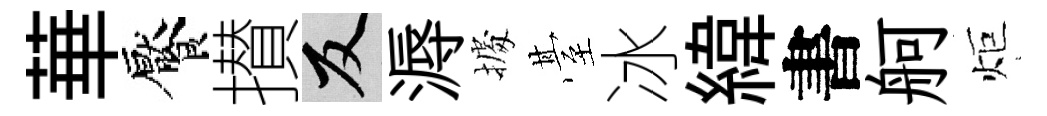
華饜攅反溽𢴃䑓冰緯書舸炬